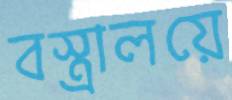
বস্ত্রালয়ে